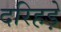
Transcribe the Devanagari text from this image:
दरिहड़े